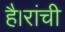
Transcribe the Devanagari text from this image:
है।रांची